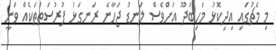
މި މެޗުގައި އިދިކޮޅު މަހިބަދޫ އަށްވެސް ލަނޑު ޖަހާނެ ރަނގަޅު ފުރުސަތުތަކެއް ވަނީ